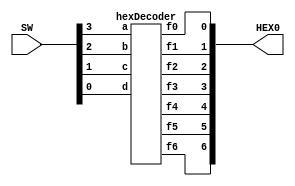
`timescale 1ns / 1ns // `timescale time_unit/time_precision

//SW[2:0] data inputs
//SW[9] select signals

//LEDR[0] output display

module hexDisplay (input [9:0] SW, output [6:0] HEX0);
	hexDecoder u1(SW[3], SW[2], SW[1], SW[0], HEX0[0], HEX0[1], HEX0[2], HEX0[3], HEX0[4], HEX0[5], HEX0[6]);
endmodule

module hexDecoder (input a, b, c, d, output f0, f1, f2, f3, f4, f5, f6);
	assign f0 = (~a & ~b & ~c & d) | (~a & b & ~c & ~d) | (a & ~b & c & d) | (a & b & ~c & d) ;
	assign f1 = (~a & b & ~c & d) | (~a & b & c & ~d) | (a & ~b & c & d) | (a & b & ~c & ~d) | (a & b & c & ~d) | (a & b & c & d) ;
	assign f2 = (~a & ~b & c & ~d) | (a & b & ~c & ~d) | (a & b & c & ~d) | (a & b & c & d) ;
	assign f3 = (~a & ~b & ~c & d) | (~a & b & ~c & ~d) | (~a & b & c & d) | (a & ~b & c & ~d) | (a & b & c & d);
	assign f4 = (~a & ~b & ~c & d) | (~a & ~b & c & d) | (~a & b & ~c & ~d) | (~a & b & ~c & d) | (~a & b & c & d) | (a & ~b & ~c & d);
	assign f5 = (~a & ~b & ~c & d) | (~a & ~b & c & ~d) | (~a & ~b & c & d) | (~a & b & c & d) | (a & b & ~c & d);
	assign f6 = (~a & ~b & ~c & ~d) | (~a & ~b & ~c & d) | (~a & b & c & d) | (a & b & ~c & ~d);
endmodule